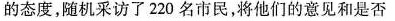
的态度，随机采访了220名市民，将他们的意见和是否